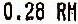
0.28 RM